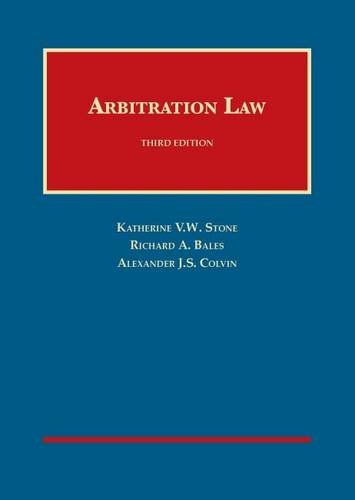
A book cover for Arbitration Law (University Casebook Series); Katherine Stone; Law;